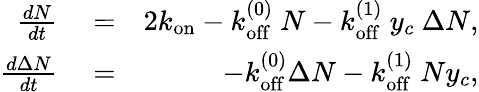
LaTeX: \begin{array}{rlr}{\frac{dN}{dt}}&{{}=}&{2k_{\mathrm{on}}-k_{\mathrm{off}}^{(0)}\ N-k_{\mathrm{off}}^{(1)}\ y_{c}\ \Delta N,}\\ {\frac{d\Delta N}{dt}}&{{}=}&{-k_{\mathrm{off}}^{(0)}\Delta N-k_{\mathrm{off}}^{(1)}\ Ny_{c},}\end{array}